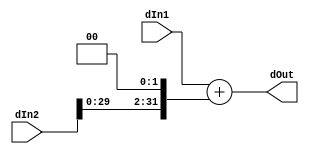
module PCAdder(dIn1, dIn2, dOut);
	input signed [31:0] dIn1, dIn2;
	output [31:0] dOut;
	assign dOut = dIn1 + (dIn2 << 2);
endmodule